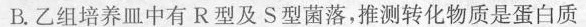
B.乙组培养皿中有R型及S型菌落，推测转化物质是蛋白质